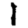
Digit: 1